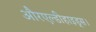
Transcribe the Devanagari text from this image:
औरएल्डीहाइड्स।